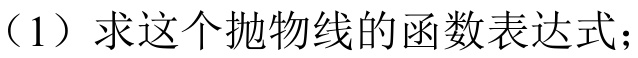
（1）求这个抛物线的函数表达式；